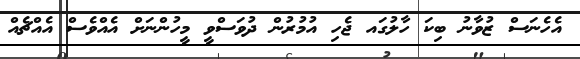
އެހެނަސް ޒުވާނު ބިކަ ހާލުގައ ޖެހި އުމުރުން ދުވަސްވީ މީހުންނަށް އެއްވެސް އެއްޗެއް